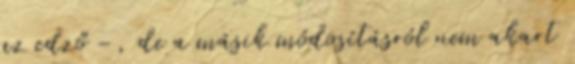
az edző -, de a másik módosításról nem akart